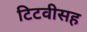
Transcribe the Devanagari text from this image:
टिटवीसह